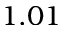
1 . 0 1